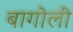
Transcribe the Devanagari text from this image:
बागोली